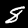
Label: 8